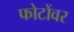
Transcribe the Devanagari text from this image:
फोटोंवर